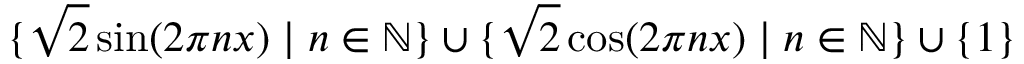
\{ { \sqrt { 2 } } \sin ( 2 \pi n x ) \; | \; n \in \mathbb { N } \} \cup \{ { \sqrt { 2 } } \cos ( 2 \pi n x ) \; | \; n \in \mathbb { N } \} \cup \{ 1 \}